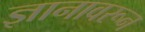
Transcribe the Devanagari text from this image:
ज्ञानावरून